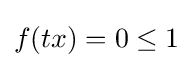
{\textstyle f(tx)=0\leq 1}